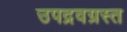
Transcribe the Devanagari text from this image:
उपद्रवग्रस्त